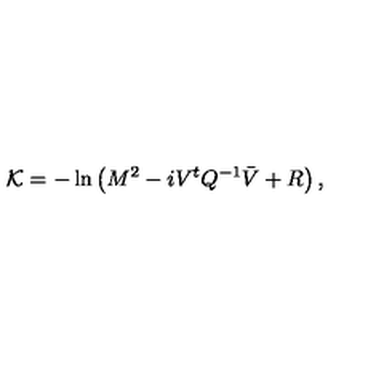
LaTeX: { \cal K } = - \ln \left( M ^ { 2 } - i V ^ { t } { Q } ^ { - 1 } \bar { V } + R \right) ,